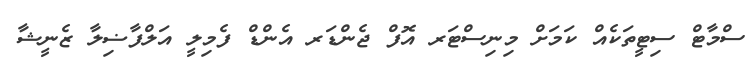
ސްމާޓް ސިޓީތަކެއް ކަމަށް މިނިސްޓަރ އޮފް ޖެންޑަރ އެންޑް ފެމިލީ އަލްފާޟިލާ ޒެނީޝާ